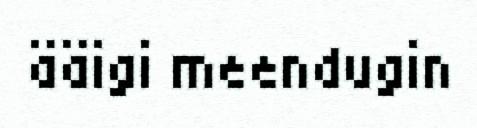
ääigi meendugin